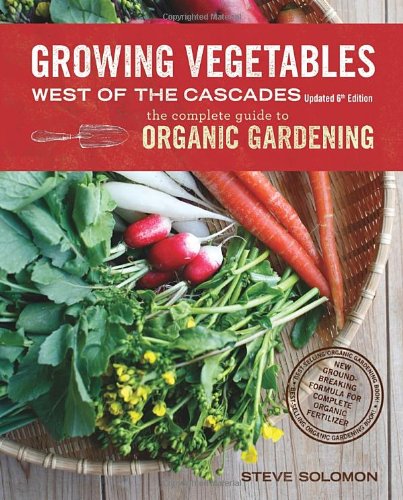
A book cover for Growing Vegetables West of the Cascades, Updated 6th Edition: The Complete Guide to Organic Gardening; Steve Solomon; Crafts, Hobbies & Home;